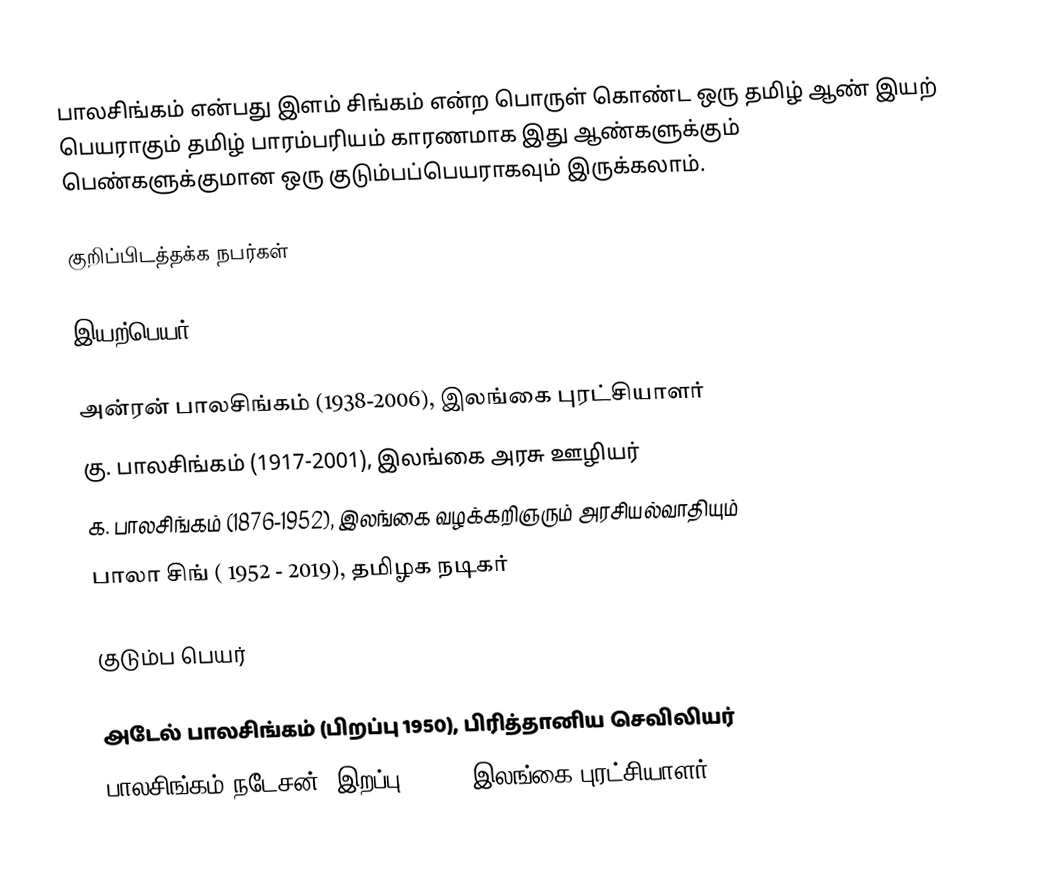
பாலசிங்கம் என்பது இளம் சிங்கம் என்ற பொருள் கொண்ட ஒரு தமிழ் ஆண் இயற் பெயராகும் தமிழ் பாரம்பரியம் காரணமாக இது ஆண்களுக்கும் பெண்களுக்குமான ஒரு  குடும்பப்பெயராகவும் இருக்கலாம்.

குறிப்பிடத்தக்க நபர்கள்

இயற்பெயர்

 அன்ரன் பாலசிங்கம் (1938-2006), இலங்கை புரட்சியாளர்
 கு. பாலசிங்கம் (1917-2001), இலங்கை அரசு ஊழியர்
 க. பாலசிங்கம் (1876-1952), இலங்கை வழக்கறிஞரும் அரசியல்வாதியும்
 பாலா சிங் ( 1952 - 2019), தமிழக நடிகர்

குடும்ப பெயர்

 அடேல் பாலசிங்கம் (பிறப்பு 1950), பிரித்தானிய செவிலியர்
 பாலசிங்கம் நடேசன் (இறப்பு 2009), இலங்கை புரட்சியாளர்